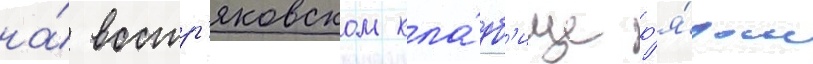
на́ востр'яковском кла́дб'ище р'я́дом